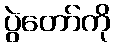
ပွဲတော်ကို